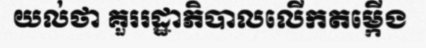
យល់ថា គួររដ្ឋាភិបាលលើកតម្កើង